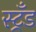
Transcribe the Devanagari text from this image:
स्ट्रँड